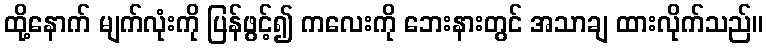
ထို့နောက် မျက်လုံးကို ပြန်ဖွင့်၍ ကလေးကို ဘေးနားတွင် အသာချ ထားလိုက်သည်။